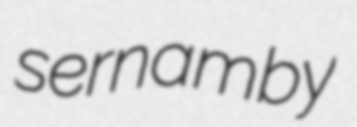
sernamby